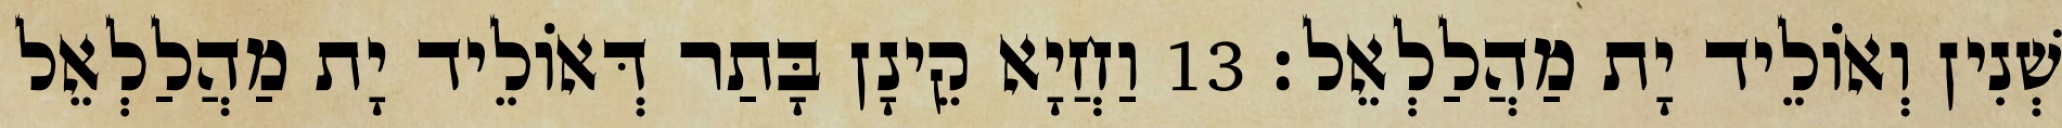
שְׁנִין וְאוֹלֵיד יָת מַהֲלַלְאֵל׃ 13 וַחֲיָא קֵינָן בָּתַר דְּאוֹלֵיד יָת מַהֲלַלְאֵל